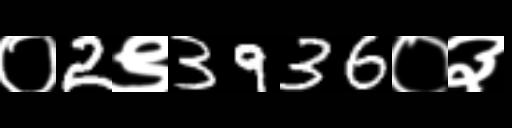
Text: ०2९3936०३